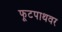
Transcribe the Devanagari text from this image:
फूटपाथवर